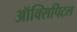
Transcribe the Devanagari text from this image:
ऑक्सिपिटल